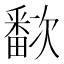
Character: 𬏗